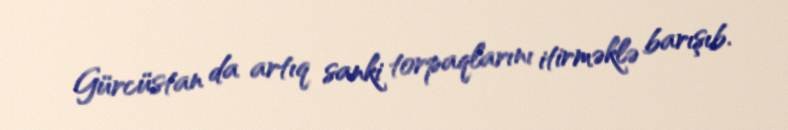
Gürcüstan da artıq sanki torpaqlarını itirməklə barışıb.